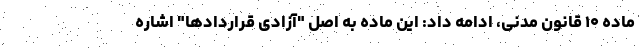
ماده ۱۰ قانون مدنی، ادامه داد: این ماده به اصل "آزادی قراردادها" اشاره